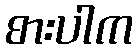
စားပါက